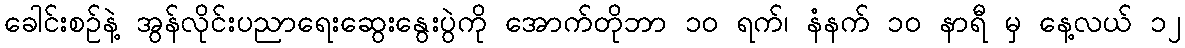
ခေါင်းစဉ်နဲ့ အွန်လိုင်းပညာရေးဆွေးနွေးပွဲကို အောက်တိုဘာ ၁၀ ရက်၊ နံနက် ၁၀ နာရီ မှ နေ့လယ် ၁၂